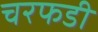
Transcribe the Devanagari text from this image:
चरफडी